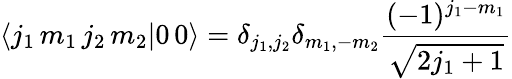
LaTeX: \langle j_{1}\, m_{1}\, j_{2}\, m_{2}|0\, 0\rangle=\delta_{j_{1},j_{2}}\delta_{m_{1},-m_{2}}{\frac{(-1)^{j_{1}-m_{1}}}{\sqrt{2j_{1}+1}}}